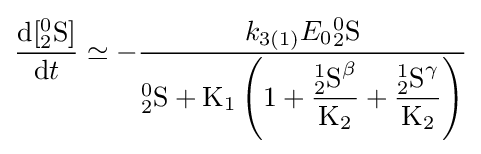
{\frac {{\mathrm {d} }[{^{0}_{2}}{\ce {S}}]}{{\mathrm {d} }t}}\simeq -{\frac {{k}_{3(1)}E_{0}{^{0}_{2}}{\ce {S}}}{^{0}_{2}{\ce {S}}+{\mathrm {K} {\vphantom {A}}_{\smash[{t}]{1}}}\left(1+{\dfrac {{^{1}_{2}}{\ce {S}}^{\beta }}{\mathrm {K} {\vphantom {A}}_{\smash[{t}]{2}}}}+{\dfrac {{^{1}_{2}}{\ce {S}}^{\gamma }}{\mathrm {K} {\vphantom {A}}_{\smash[{t}]{2}}}}\right)}}